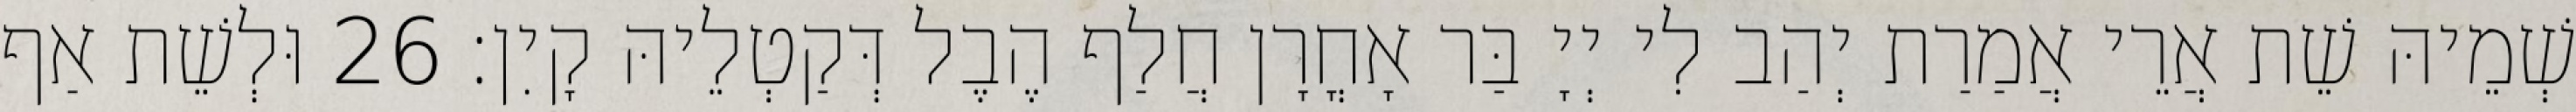
שְׁמֵיהּ שֵׁת אֲרֵי אֲמַרַת יְהַב לִי יְיָ בַּר אָחֳרָן חֲלַף הֶבֶל דְּקַטְלֵיהּ קָיִן׃ 26 וּלְשֵׁת אַף